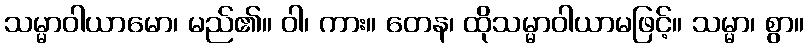
သမ္မာဝါယာမော၊ မည်၏။ ဝါ၊ ကား။ တေန၊ ထိုသမ္မာဝါယာမဖြင့်။ သမ္မာ၊ စွာ။